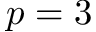
p = 3